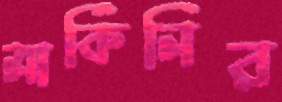
মার্কিনির